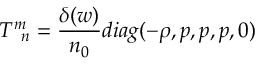
T _ { \; \; n } ^ { m } = \frac { \delta ( w ) } { n _ { 0 } } d i a g ( - \rho , p , p , p , 0 )